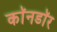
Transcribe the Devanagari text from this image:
काॅनडाॅर